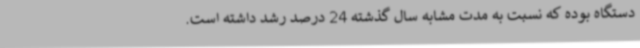
دستگاه بوده که نسبت به مدت مشابه سال گذشته 24 درصد رشد داشته است.